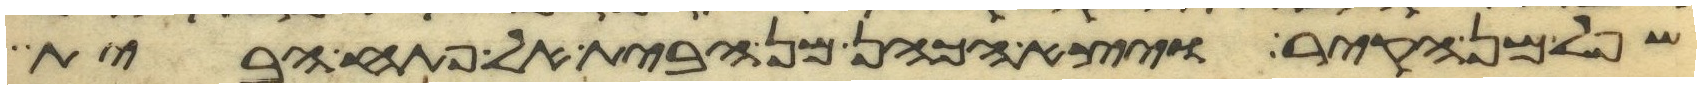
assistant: שפל מן הקיר ויצא הכהן מן הבית אל פתח הבית